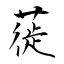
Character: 蓰